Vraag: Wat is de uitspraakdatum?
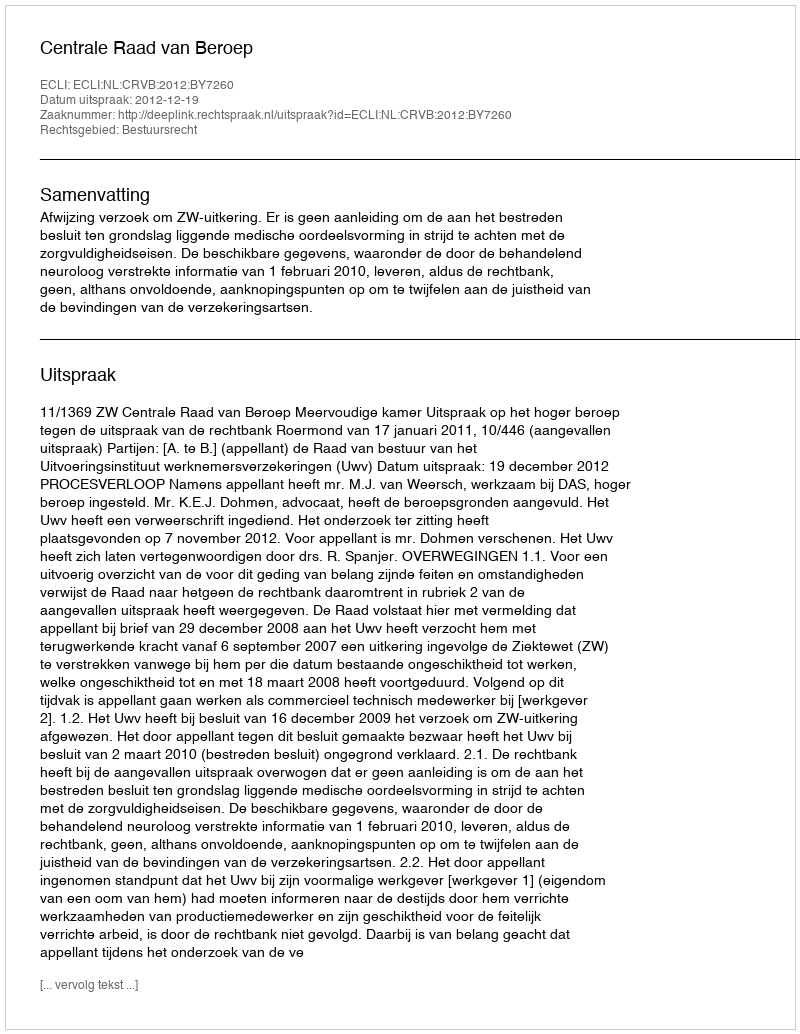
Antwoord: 2012-12-19